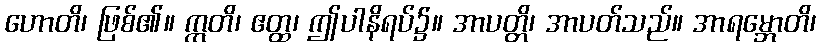
ဟောတိ၊ ဖြစ်၏။ ဣတိ၊ ဧတ္ထ၊ ဤပါနိရပ်၌။ အာပတ္တိ၊ အာပတ်သည်။ အာရမ္ဘောတိ၊